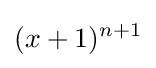
(x+1)^{n+1}